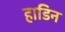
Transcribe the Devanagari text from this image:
हाडिन